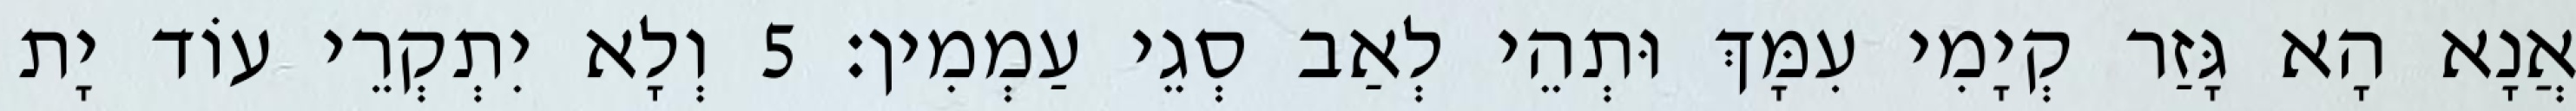
אֲנָא הָא גָּזַר קְיָמִי עִמָּךְ וּתְהֵי לְאַב סְגֵי עַמְמִין׃ 5 וְלָא יִתְקְרֵי עוֹד יָת